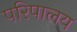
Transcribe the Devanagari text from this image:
परिपालय